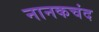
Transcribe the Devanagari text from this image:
नानकचंद